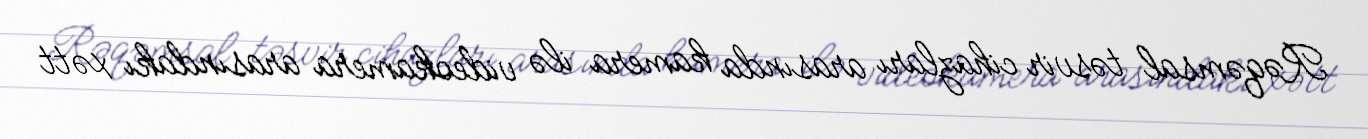
Rəqəmsal təsvir cihazları arasında kamera ilə videokamera arasındakı xətt